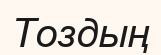
Тоздың